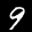
Label: 9